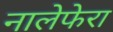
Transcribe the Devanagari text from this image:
नालेफेरा